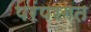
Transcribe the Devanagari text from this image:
परंपरगत